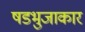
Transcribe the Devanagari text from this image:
षडभुजाकार